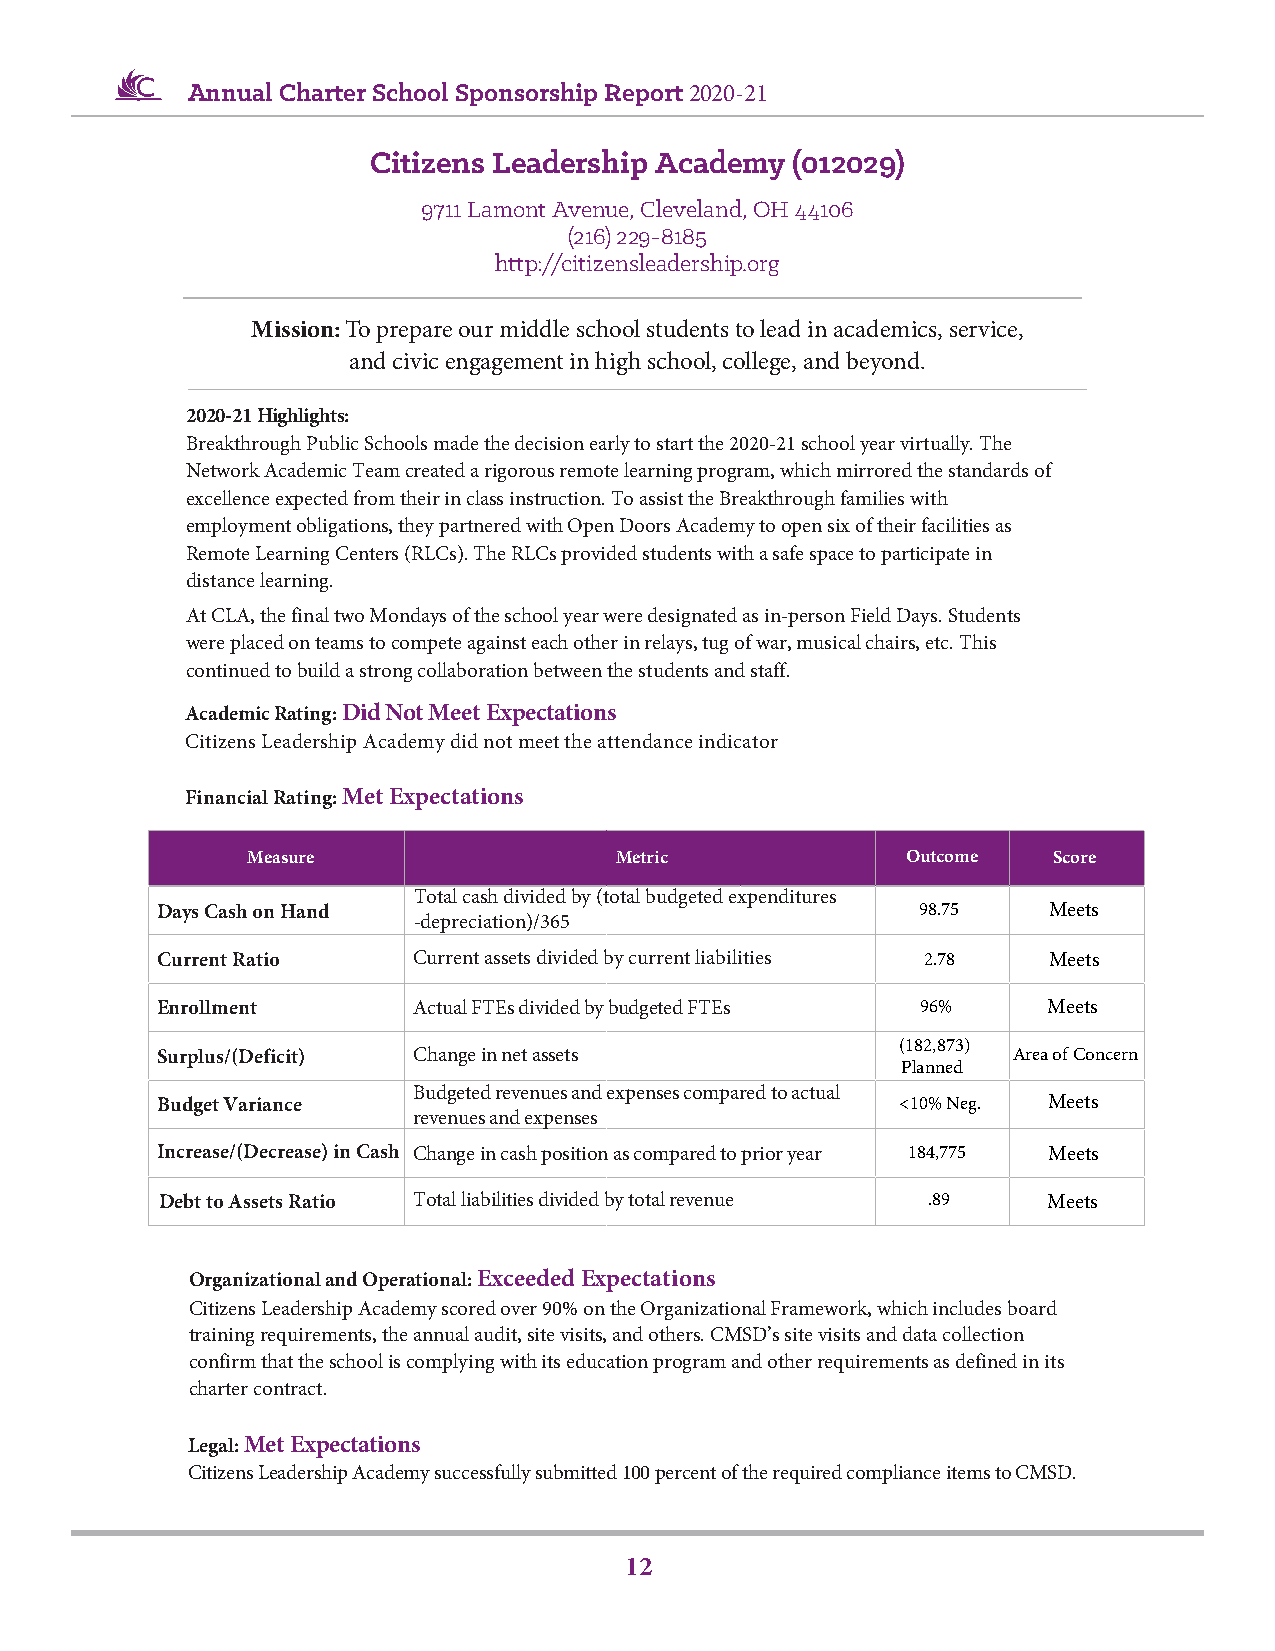
Annual Charter School Sponsorship Report 2020-21
 Citizens Leadership Academy (012029)
 9711 Lamont Avenue, Cleveland, OH 44106
 (216) 229-8185
 http://citizensleadership.org
 Mission: To prepare our middle school students to lead in academics, service,
 and civic engagement in high school, college, and beyond.
 2020-21 Highlights:
 Breakthrough Public Schools made the decision early to start the 2020-21 school year virtually. The
 Network Academic Team created a rigorous remote learning program, which mirrored the standards of
 excellence expected from their in class instruction. To assist the Breakthrough families with
 employment obligations, they partnered with Open Doors Academy to open six of their facilities as
 Remote Learning Centers (RLCs). The RLCs provided students with a safe space to participate in
 distance learning.
 At CLA, the final two Mondays of the school year were designated as in-person Field Days. Students
 were placed on teams to compete against each other in relays, tug of war, musical chairs, etc. This
 continued to build a strong collaboration between the students and staff.
 Academic Rating: Did Not Meet Expectations
 Citizens Leadership Academy did not meet the attendance indicator
 Financial Rating: Met Expectations
 Measure                  Metric             Outcome   Score
 Total cash divided by (total budgeted expenditures
 Days Cash on Hand                                  98.75   Meets
 -depreciation)/365
 Current Ratio    Current assets divided by current liabilities 2.78 Meets
 Enrollment       Actual FTEs divided by budgeted FTEs 96%  Meets
 (182,873)
 Surplus/(Deficit) Change in net assets                   Area of Concern
 Planned
 Budgeted revenues and expenses compared to actual
 Budget Variance                                   <10% Neg. Meets
 revenues and expenses
 Increase/(Decrease) in Cash Change in cash position as compared to prior year 184,775 Meets
 Debt to Assets Ratio Total liabilities divided by total revenue .89 Meets
 Organizational and Operational: Exceeded Expectations
 Citizens Leadership Academy scored over 90% on the Organizational Framework, which includes board
 training requirements, the annual audit, site visits, and others. CMSD’s site visits and data collection
 confirm that the school is complying with its education program and other requirements as defined in its
 charter contract.
 Legal: Met Expectations
 Citizens Leadership Academy successfully submitted 100 percent of the required compliance items to CMSD.
 12